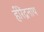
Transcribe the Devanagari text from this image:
हीरेंद्रनाथ